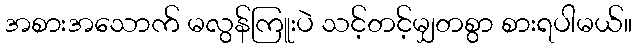
အစားအသောက် မလွန်ကြူးပဲ သင့်တင့်မျှတစွာ စားရပါမယ်။